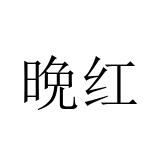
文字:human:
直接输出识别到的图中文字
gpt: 晩红